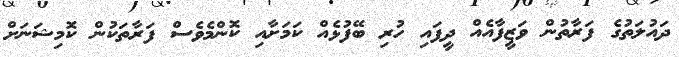
ދައުލަތުގެ ފަރާތުން ވަޒީފާއެއް ދީފައި ހުރި ބޭފުޅެއް ކަމަށާއި ކޮންމެވެސް ފަރާތަކުން ކޮމިޝަނަށް